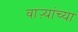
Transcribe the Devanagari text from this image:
वाऱ्यांच्या